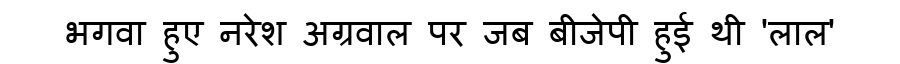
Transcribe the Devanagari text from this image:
भगवा हुए नरेश अग्रवाल पर जब बीजेपी हुई थी 'लाल'